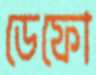
ডেফো